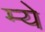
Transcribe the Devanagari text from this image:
म्ये